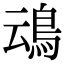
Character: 䲰